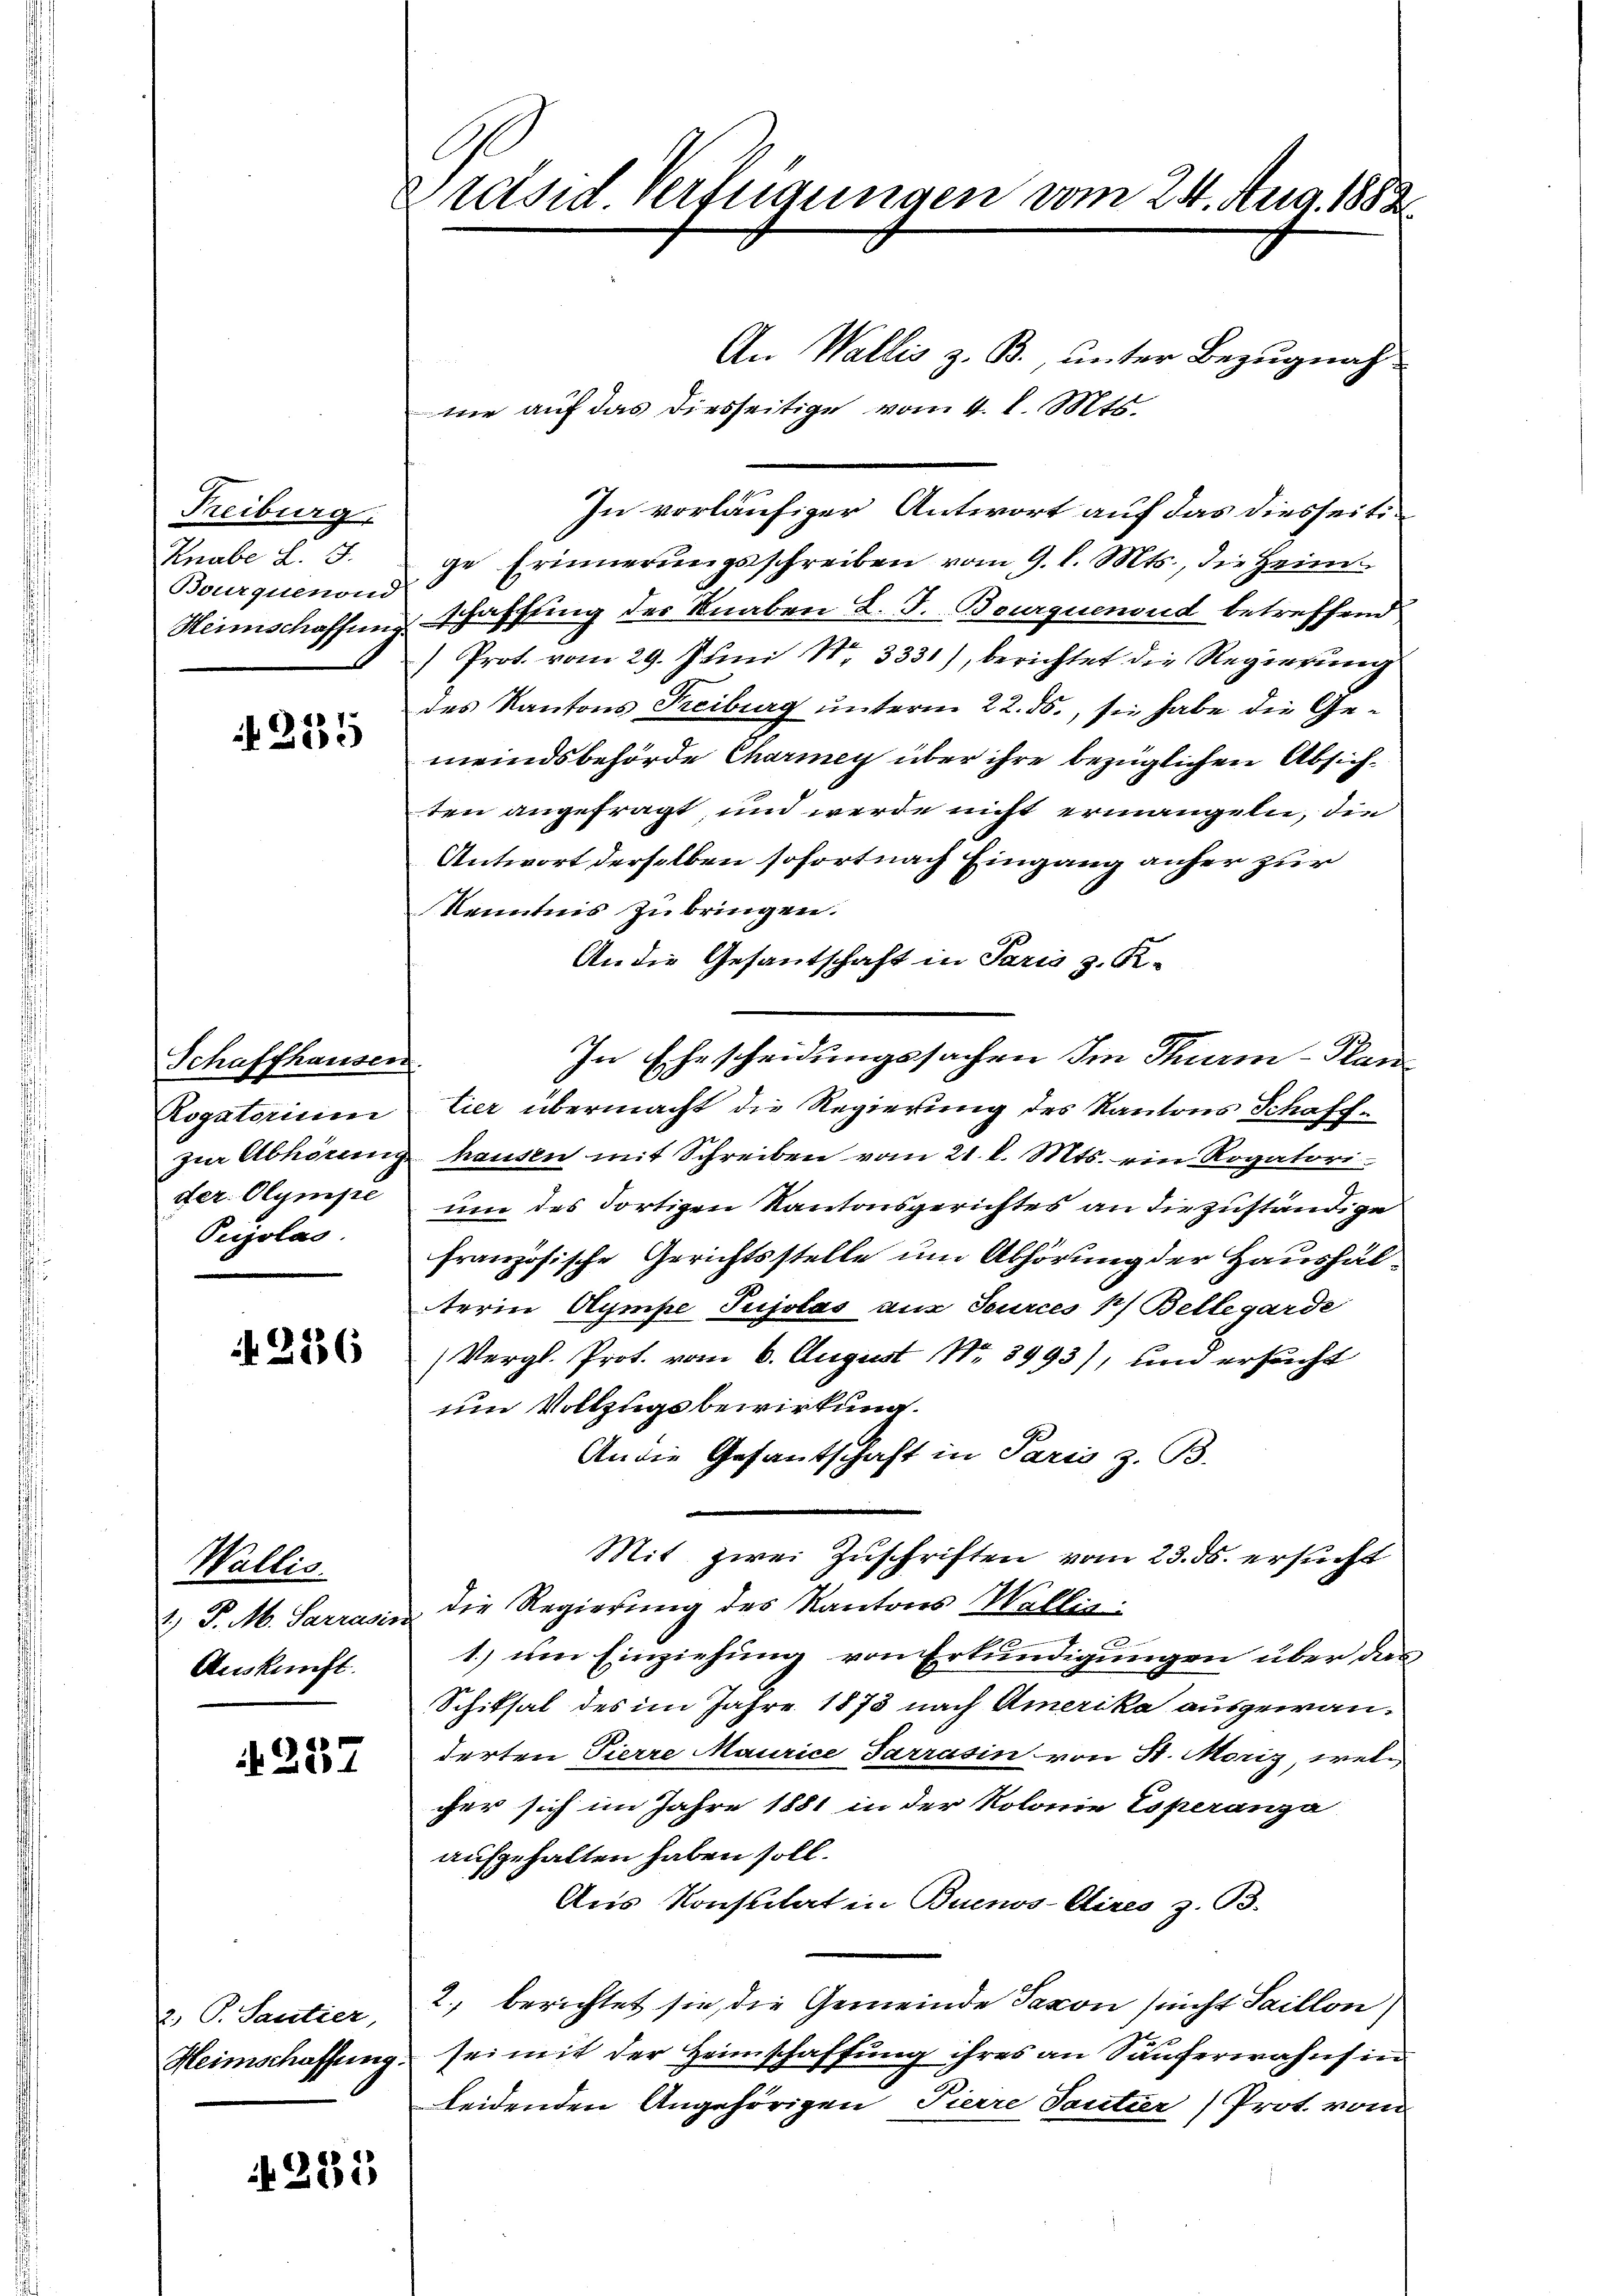
Freiburg,
Knabe L. S.
Bourguenond

if. 2135

Schaffhausen
Rogatorium
der. Olympe
Pujolas.

N 2236

Wallis.
1) P. M. Sarrase
Auskunft.

§. 257

2; P. Santier,

4285

Präsid. Verfügungen vom 24. Aug. 1883.

An Wallis z. B., unter Bezugnah
mie auf das diesseitige vom 4. d. Mts.
ge Erinnerungsschreiben vom 9. l. Mts., die Heim¬
Heimschaffend schaffling des Knaben L. F. Bourquenond betreffend
) Prot. vom 29. Juni Nr. 3331), berichtet die Regierung
des Kantons Freiburg unterm 22. ds., sie habe die Gemeindsbehörde Charmey über ihre bezüglichen Absichten angefragt, und werde nicht ermangeln, die
Antwort derselben sofort nach Eingang anher zur
Kenntnis zubringen.
An die Gesantschaft in Paris z. B.
In Ehescheidungssachen Im Thurm-Plan
tier übermacht die Regierung des Kantons Schaffzŭr Abhörung hausen mit Schreiben vom 21. d. Mts. ein Rogatori-
um des dortigen Kantonsgerichtes an die zuständige
französische Gerichtsstelle um Abhörung der Haushälterin Aympe Tujolas aus Seurces p. Bellegarde
(Vergl. Prot. vom 6. August No 3993), und ersucht
um Vollzugsbewirkung.
An die Gesantschaft in Paris z. B.
Mit zwei Zuschriften vom 23. ds. ersucht
u die Regierung des Kantons Wallis:
1.) um Einziehung von Erkundigungen über dan
Schiksal des im Jahre 1873 nach Amerika ausgewanderten Pierre Maurice Sarrasin von St. Moriz, welc
cher sich im Jahre 1881 in der Kolonie Esperanza
aufgehalten haben soll.
Aus Konsulat in Buenos-Cires z. B.
2., berichtet sie, die Gemeinde Saxon (nicht Saillon
Heimschaffung, sei mit der Heimschaffung ihres an Säuferwahns in
Leidenden Angehörigen Tierre Tantier Prot. vom

In vorläufiger Antwort auf das diesseiti¬